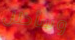
وسأظل